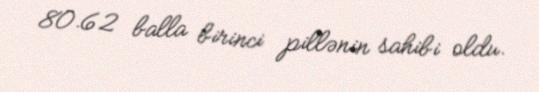
80.62 balla birinci pillənin sahibi oldu.